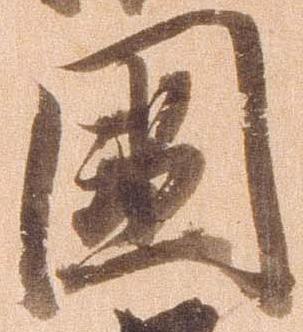
国